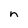
Character: n